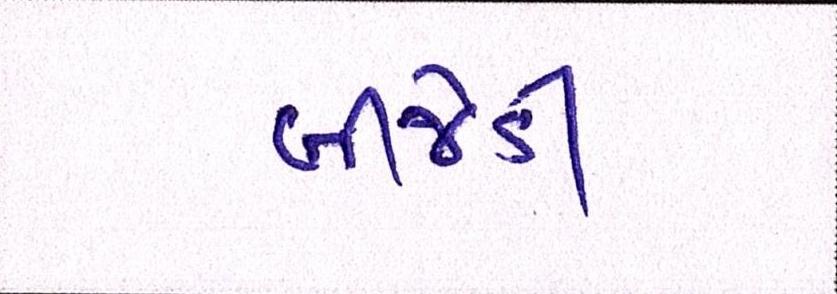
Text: બીજેડી